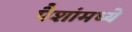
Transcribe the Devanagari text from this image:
पैशांमध्ये